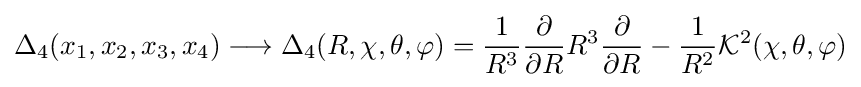
\Delta _{4}(x_{1},x_{2},x_{3},x_{4})\longrightarrow \Delta _{4}(R,\chi ,\theta ,\varphi )={\frac {1}{R^{3}}}{\frac {\partial }{\partial R}}R^{3}{\frac {\partial }{\partial R}}-{\frac {1}{R^{2}}}{\mathcal {K}}^{2}(\chi ,\theta ,\varphi )